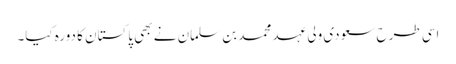
اسی طرح سعودی ولی عہد محمد بن سلمان نے بھی پاکستان کا دورہ کیا۔